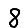
Digit: 8